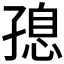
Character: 𮱝